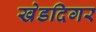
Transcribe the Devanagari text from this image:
खेडदिगर